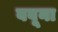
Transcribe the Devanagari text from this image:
बबूना